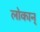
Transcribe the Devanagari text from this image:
लोकान्